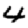
Digit: 4